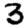
Digit: 3